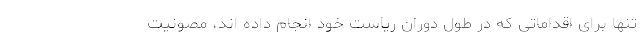
تنها برای اقداماتی که در طول دوران ریاست خود انجام داده اند، مصونیت